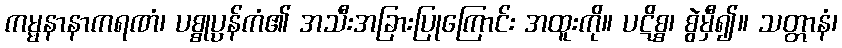
ကမ္မနာနာကရဏံ၊ ပစ္စုပ္ပန်ကံ၏ အသီးအခြားပြုကြောင်း အထူးကို။ ပဋိစ္စ၊ စွဲမှီ၍။ သတ္တာနံ၊